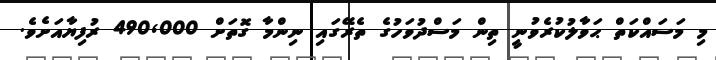
މި މަސައްކަތް ޙަވާލުކުރެވުނީ ތިން މަސްދުވަހުގެ ތެރޭގައި ނިންމާ ގޮތަށް 490